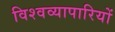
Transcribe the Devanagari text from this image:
विश्वव्यापारियों